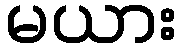
မယား